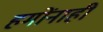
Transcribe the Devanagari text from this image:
हमोंनाही